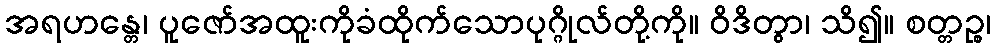
အရဟန္တေ၊ ပူဇော်အထူးကိုခံထိုက်သောပုဂ္ဂိုလ်တို့ကို။ ဝိဒိတွာ၊ သိ၍။ စတ္တဉ္စ၊